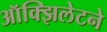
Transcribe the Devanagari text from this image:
ऑक्झिलेटने